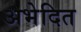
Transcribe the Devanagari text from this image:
अभेदित